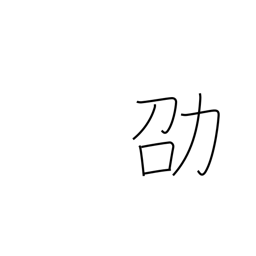
Meaning: recommend